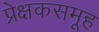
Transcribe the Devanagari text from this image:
प्रेक्षकसमूह